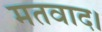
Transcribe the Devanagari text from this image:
मतवाद।